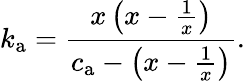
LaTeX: k_{\mathrm{a}}=\frac{x\left(x-\frac{1}{x}\right)}{c_{\mathrm{a}}-\left(x-\frac{1}{x}\right)}.